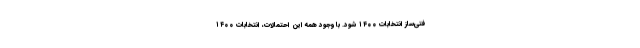
فتی‌ساز انتخابات ۱۴۰۰ شود. با وجود همه این احتمالات، انتخابات ۱۴۰۰